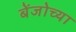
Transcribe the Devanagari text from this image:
बेंजोच्या